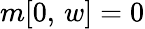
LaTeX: m[0,\, w]=0